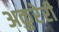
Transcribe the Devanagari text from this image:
अकुरेरी